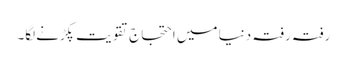
رفتہ رفتہ دنیا میں احتجاج تقویت پکڑنےلگا۔